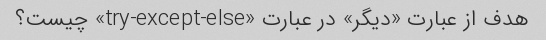
هدف از عبارت «دیگر» در عبارت «try-except-else» چیست؟